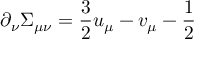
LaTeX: \partial _ { \nu } \Sigma _ { \mu \nu } = { \frac { 3 } { 2 } } u _ { \mu } - v _ { \mu } - { \frac { 1 } { 2 } }